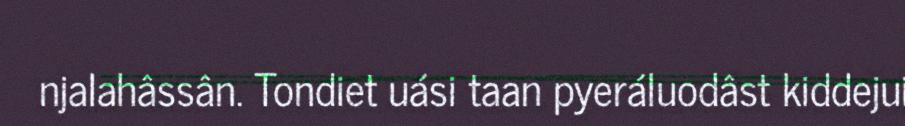
njalahâssân. Tondiet uási taan pyeráluodâst kiddejui